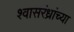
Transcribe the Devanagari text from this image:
श्वासरंध्रांच्या